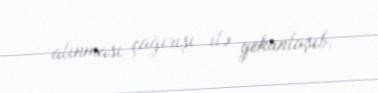
alınması çağırışı ilə yekunlaşıb.